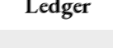
Ledger